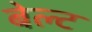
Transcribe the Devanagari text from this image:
बेल्‍ट